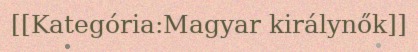
[[Kategória:Magyar királynők]]